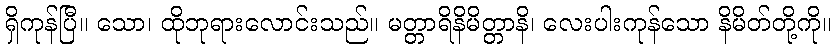
ရှိကုန်ပြီ။ သော၊ ထိုဘုရားလောင်းသည်။ မတ္တာရိနိမိတ္တာနိ၊ လေးပါးကုန်သော နိမိတ်တို့ကို။